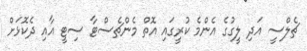
ޗެލްސީ އަދި ލީގުގެ އެންމެ ކުރީގައި އޮތް މެންޗެސްޓާ ސިޓީ އާއި ދެކޮޅަށް